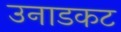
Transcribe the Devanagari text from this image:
उनाडकट